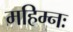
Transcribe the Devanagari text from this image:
महिम्नः